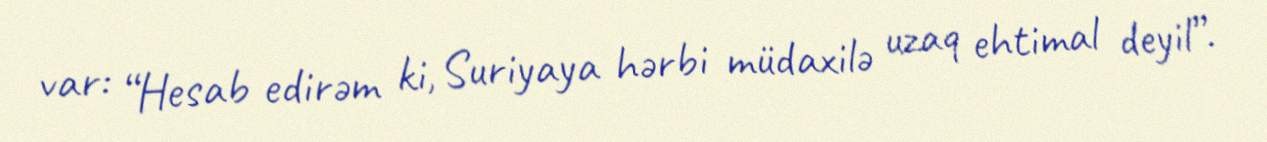
var: “Hesab edirəm ki, Suriyaya hərbi müdaxilə uzaq ehtimal deyil”.